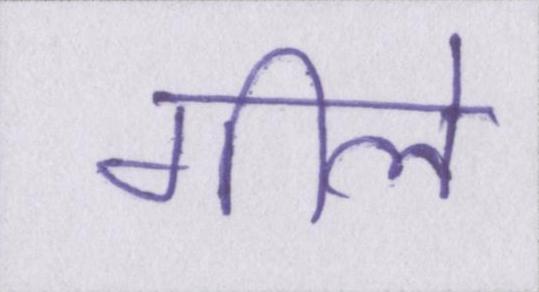
गीले